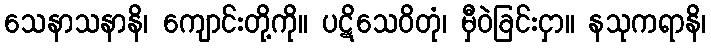
သေနာသနာနိ၊ ကျောင်းတို့ကို။ ပဋိသေဝိတုံ၊ မှီဝဲခြင်းငှာ။ နသုကရာနိ၊